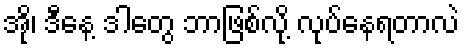
အို၊ ဒီနေ့ ဒါတွေ ဘာဖြစ်လို့ လုပ်နေရတာလဲ